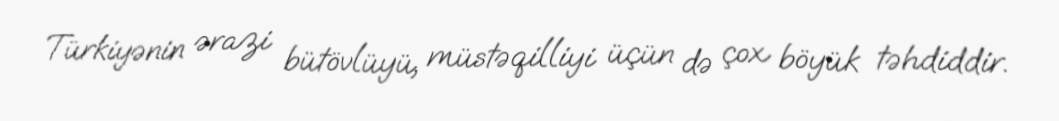
Türkiyənin ərazi bütövlüyü, müstəqilliyi üçün də çox böyük təhdiddir.